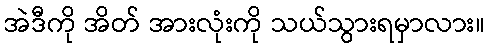
အဲဒီကို အိတ် အားလုံးကို သယ်သွားရမှာလား။